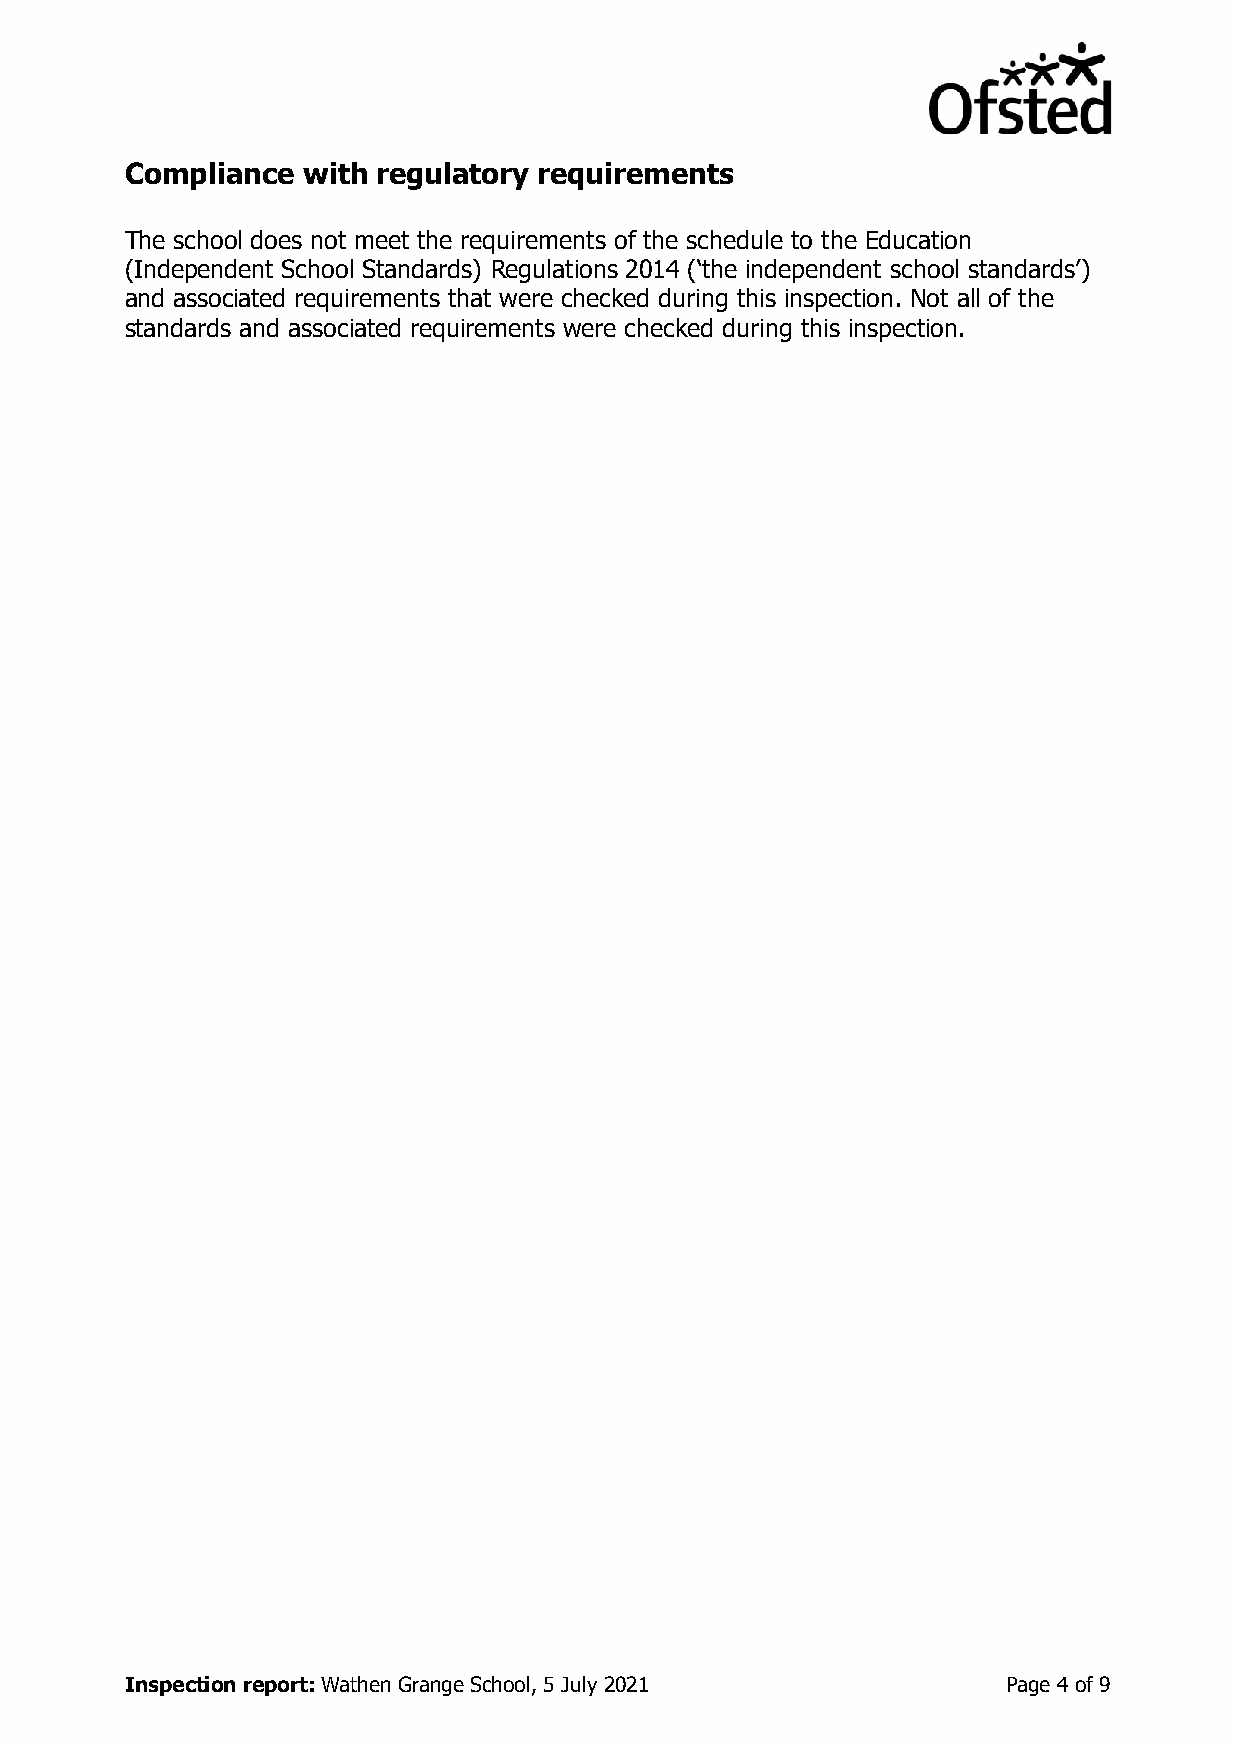
Compliance  with regulatory requirements
 The school does not meet the requirements of the schedule to the Education
 (Independent School Standards) Regulations 2014 (‘the independent school standards’)
 and associated requirements that were checked during this inspection. Not all of the
 standards and associated requirements were checked during this inspection.
 Inspection report: Wathen Grange School, 5 July 2021       Page 4 of 9